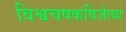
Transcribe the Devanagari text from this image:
विश्वचषकविजेत्या